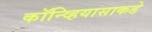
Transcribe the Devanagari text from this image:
कॉन्व्हियासाकडे